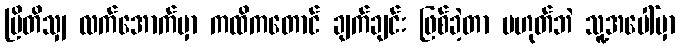
ဗြိတိသျှ လက်အောက်မှာ ကထိကတောင် ချက်ချင်း ဖြစ်ခဲ့တာ မဟုတ်ဘဲ သူ့အပေါ်မှာ